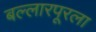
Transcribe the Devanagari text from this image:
बल्लारपूरला